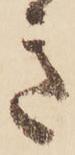
き